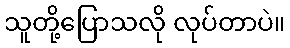
သူတို့ပြောသလို လုပ်တာပဲ။